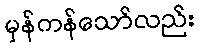
မှန်ကန်သော်လည်း